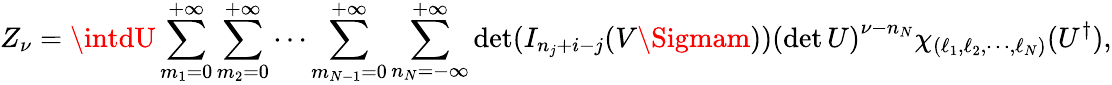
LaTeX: Z_{\nu}=\intdU\sum_{m_{1}=0}^{+\infty}\sum_{m_{2}=0}^{+\infty}\cdots\sum_{m_{N-1}=0}^{+\infty}\sum_{n_{N}=-\infty}^{+\infty}\operatorname*{d\mathrm{e}t}(I_{n_{j}+i-j}(V\Sigmam))\left(\operatorname*{d\mathrm{e}t}U\right)^{\nu-n_{N}}\chi_{(\ell_{1},\ell_{2},\cdots,\ell_{N})}(U^{\dagger}),